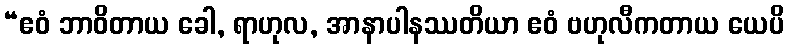
“ဧဝံ ဘာဝိတာယ ခေါ, ရာဟုလ, အာနာပါနဿတိယာ ဧဝံ ဗဟုလီကတာယ ယေပိ